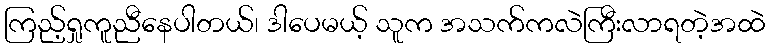
ကြည့်ရှုကူညီနေပါတယ်၊ ဒါပေမယ့် သူက အသက်ကလဲကြီးလာရတဲ့အထဲ